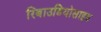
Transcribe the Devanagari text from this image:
रिबाउडियोसाइड